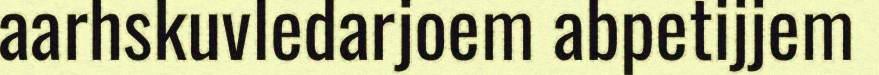
aarhskuvledarjoem abpetijjem